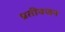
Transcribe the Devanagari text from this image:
प्रतीवजन